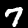
Label: 7